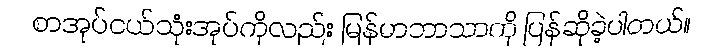
စာအုပ်ငယ်သုံးအုပ်ကိုလည်း မြန်မာဘာသာကို ပြန်ဆိုခဲ့ပါတယ်။